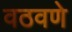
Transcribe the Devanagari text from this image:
वठवणे